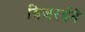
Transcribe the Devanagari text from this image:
विजरईने